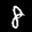
Label: 8